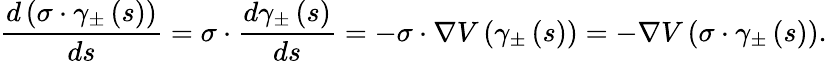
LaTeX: \frac{d\left(\sigma\cdot\gamma_{\pm}\left(s\right)\right)}{ds}=\sigma\cdot\frac{d\gamma_{\pm}\left(s\right)}{ds}=-\sigma\cdot\nabla V\left(\gamma_{\pm}\left(s\right)\right)=-\nabla V\left(\sigma\cdot\gamma_{\pm}\left(s\right)\right).